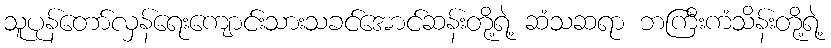
သူပုန်တော်လှန်ရေးကျောင်းသားသခင်အောင်ဆန်းတို့ရဲ့ ဆံသဆရာ ဘကြီးကံသိန်းတို့ရဲ့